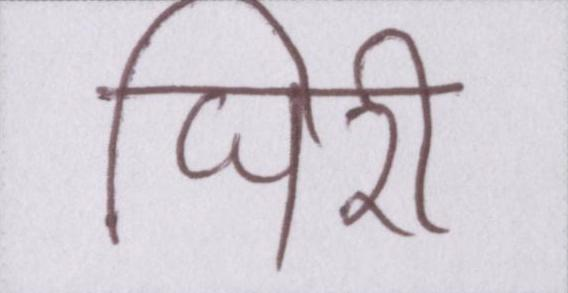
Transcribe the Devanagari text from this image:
घिरी